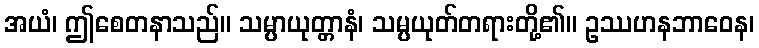
အယံ၊ ဤစေတနာသည်။ သမ္ပာယုတ္တာနံ၊ သမ္ပယုတ်တရားတို့၏။ ဥဿဟနဘာဝေန၊